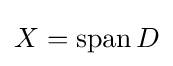
X=\operatorname {span} D